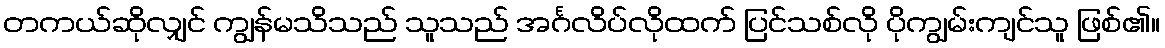
တကယ်ဆိုလျှင် ကျွန်မသိသည် သူသည် အင်္ဂလိပ်လိုထက် ပြင်သစ်လို ပိုကျွမ်းကျင်သူ ဖြစ်၏။